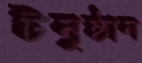
টনুষ্ঠান